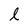
Character: l